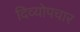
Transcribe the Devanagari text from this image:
दिव्योपचार